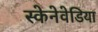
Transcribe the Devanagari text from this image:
स्केनेवेडिया